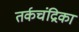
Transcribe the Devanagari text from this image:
तर्कचंद्रिका